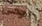
يومى